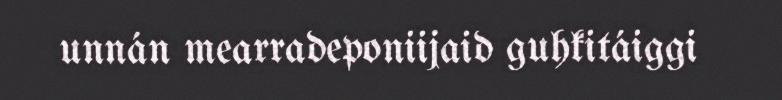
unnán mearradeponiijaid guhkitáiggi